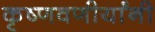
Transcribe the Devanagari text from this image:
कृष्णवणीर्यांनी